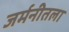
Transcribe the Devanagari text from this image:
जर्मनीतला